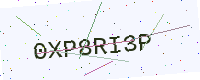
Text: 0XP8RI3P